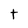
Character: t